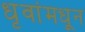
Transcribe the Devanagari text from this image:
धृवांमधून